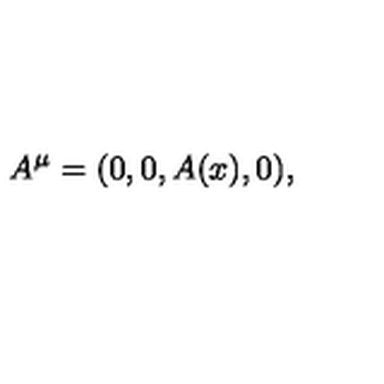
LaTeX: A ^ { \mu } = ( 0 , 0 , A ( x ) , 0 ) ,